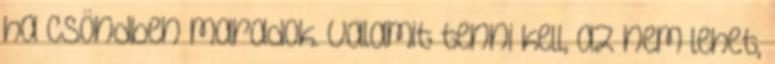
ha csöndben maradok. Valamit tenni kell, az nem lehet,